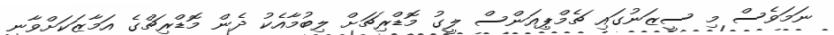
ނަމަވެސް މި ސީޒަނުގައި ޗެމްޕިއަންސް ލީގު މޮޑްރިޗަށް ލިބުމާއެކު ދެން މޮޑްރިޗްގެ އަމާޒަކަށްވާނީ